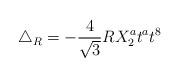
LaTeX: \begin{align*}\triangle_R= -\frac{4}{\sqrt{3}}R X_2^a t^a t^8\end{align*}